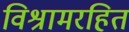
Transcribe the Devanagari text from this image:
विश्रामरहित